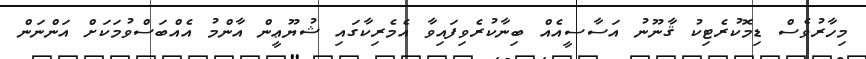
މިހާރުވެސް ޑިމޮކުރެޓިކު ޤާނޫނު އަސާސީއެއް ބިނާކުރެވިފައިވާ އެމެރިކާގައި ޝުޔޫޢީން އާންމު އެއްބަސްވުމަކަށް އަންނަން